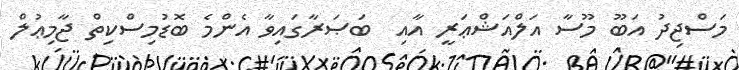
މަސްޖިދު އަބޫ މޫސާ އަލްއަޝްޢަރީ އާއި  ބަޞަރާގައިވާ އެންމެ ބޮޑުމިސްކިތް ޖާމިޢުލް